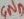
Text: GND